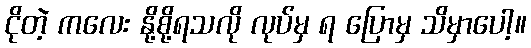
ငိုတဲ့ ကလေး နို့စို့ရသလို လုပ်မှ ရ ပြောမှ သိမှာပေါ့။